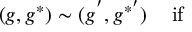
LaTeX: ( g , g ^ { * } ) \sim ( g ^ { ' } , g ^ { * ^ { \prime } } ) \ \ \, \ \mathrm { i f }